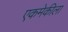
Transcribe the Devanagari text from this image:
एकमेकीला